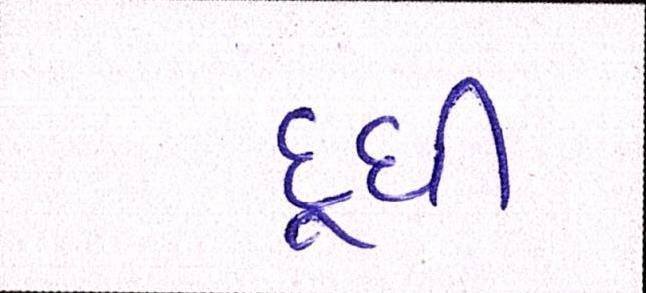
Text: દૂધી